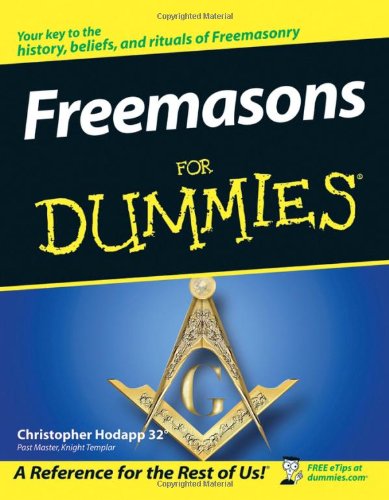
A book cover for Freemasons For Dummies; Christopher Hodapp; Religion & Spirituality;